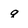
Character: q